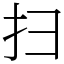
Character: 扫